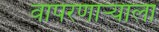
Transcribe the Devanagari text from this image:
वापरणाऱ्याला